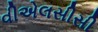
વીએલસીસી